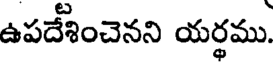
ఉపదేశించెనని యర్థము.